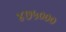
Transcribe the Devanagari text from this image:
४७५०००